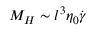
M _ { H } \sim l ^ { 3 } \eta _ { 0 } \dot { \gamma }